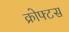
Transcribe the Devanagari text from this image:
क्रोफ्टस